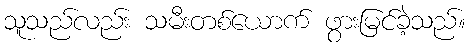
သူသည်လည်း သမီးတစ်ယောက် ဖွားမြင်ခဲ့သည်။